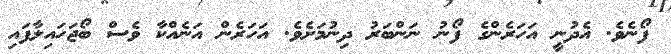
ފޯނެވެ. އެދުނީ އަހަރެންގެ ފޯނު ނަންބަރު ދިނުމަށެވެ. އަހަރެން އަނެއްކާ ވެސް ބޯޖަހައިލާފައި